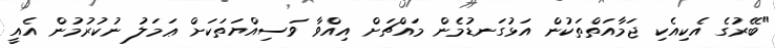
"ބޭރުގެ އެކިއެކި ޖަމާއަތްތަކުން އަޅުގަނޑުމެން މައްޗަށް އިއްވާ ވަސިއްޔަތަކަށް ޢަމަލު ނުކުރުމުން އެއީ